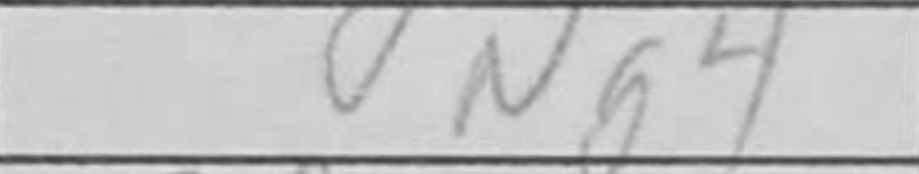
Transcription: Ng4